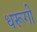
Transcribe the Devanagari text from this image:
धरूगी